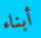
أبناء